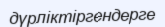
дүрліктіргендерге